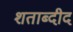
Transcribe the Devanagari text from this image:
शताब्दीद